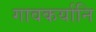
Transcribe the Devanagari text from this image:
गावकर्यानि